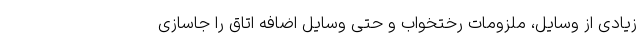
زیادی از وسایل، ملزومات رختخواب و حتی وسایل اضافه اتاق را جاسازی